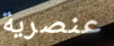
عنصرية